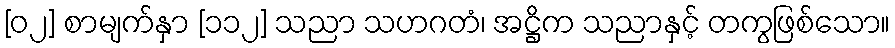
[၀၂] စာမျက်နှာ [၁၁၂] သညာ သဟဂတံ၊ အဋ္ဌိက သညာနှင့် တကွဖြစ်သော။